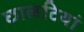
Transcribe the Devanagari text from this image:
छालटियां